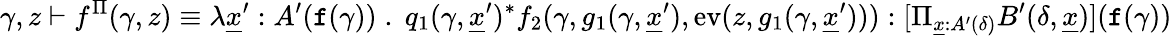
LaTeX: \gamma,z\vdash f^{\Pi}(\gamma,z)\equiv\lambda\underline{{x}}^{\prime}:A^{\prime}(\textnormal{\texttt{f}}(\gamma))\; .\; q_{1}(\gamma,\underline{{x}}^{\prime})^{*}f_{2}(\gamma,g_{1}(\gamma,\underline{{x}}^{\prime}),\textnormal{ev}(z,g_{1}(\gamma,\underline{{x}}^{\prime}))):[\Pi_{\underline{{x}}:A^{\prime}(\delta)}B^{\prime}(\delta,\underline{{x}})](\textnormal{\texttt{f}}(\gamma))